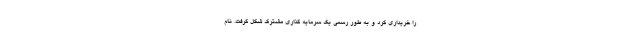
را خریداری کرد و به طور رسمی یک سرمایه گذاری مشترک شکل گرفت. نام